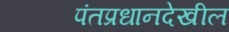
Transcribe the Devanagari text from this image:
पंतप्रधानदेखील